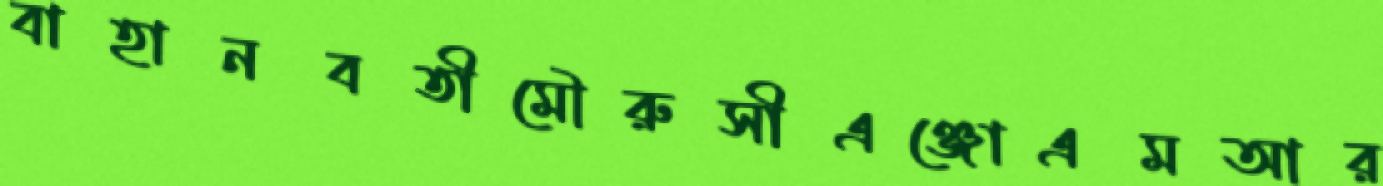
বাহানবতীমৌরুসীএঞ্জোএমআর